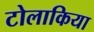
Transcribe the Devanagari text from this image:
टोलाकिया